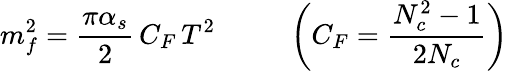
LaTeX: m_{f}^{2}=\frac{\pi\alpha_{s}}{2}\, C_{F}\, T^{2}\; \; \; \; \; \; \; \; \; \left(C_{F}=\frac{N_{c}^{2}-1}{2N_{c}}\right)